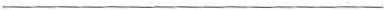
___